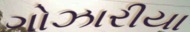
ગોઝારીયા